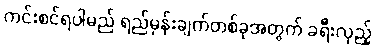
ကင်းစင်ရပါမည် ရည်မှန်းချက်တစ်ခုအတွက် ခရီးလှည့်